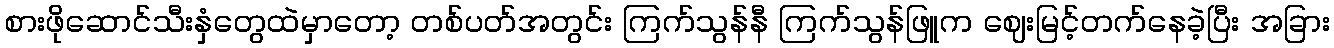
စားဖိုဆောင်သီးနှံတွေထဲမှာတော့ တစ်ပတ်အတွင်း ကြက်သွန်နီ ကြက်သွန်ဖြူက ဈေးမြင့်တက်နေခဲ့ပြီး အခြား